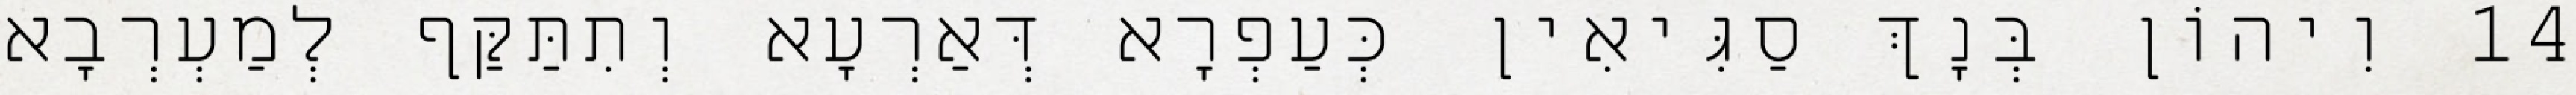
14 וִיהוֹן בְּנָךְ סַגִּיאִין כְּעַפְרָא דְּאַרְעָא וְתִתַּקַּף לְמַעְרְבָא